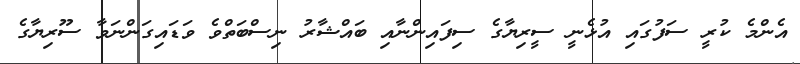
އެންމެ ކުރީ ސަފުގައި އުޅެނީ ސީރިޔާގެ ސިފައިންނާއި ބައްޝާރު ނިސްބަތްވެ ވަޑައިގަންނަވާ ސޫރިޔާގެ